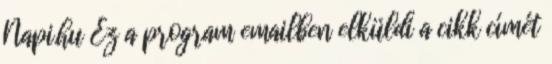
Napi.hu Ez a program emailben elküldi a cikk címét